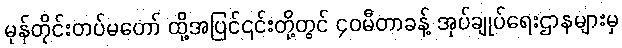
မုန်တိုင်းတပ်မတော် ထို့အပြင်၎င်းတို့တွင် ၄၀မီတာခန့် အုပ်ချုပ်ရေးဌာနများမှ